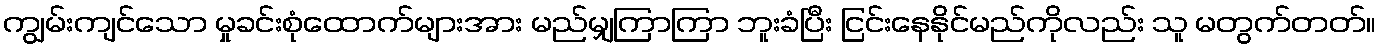
ကျွမ်းကျင်သော မှုခင်းစုံထောက်များအား မည်မျှကြာကြာ ဘူးခံပြီး ငြင်းနေနိုင်မည်ကိုလည်း သူ မတွက်တတ်။